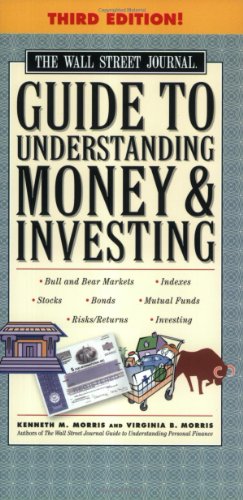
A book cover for The Wall Street Journal Guide to Understanding Money and Investing, Third Edition (Wall Street Journal Guide to Understanding Money & Investing); Kenneth M. Morris; Business & Money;